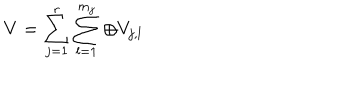
LaTeX: V = \sum _ { j = 1 } ^ { r } \sum _ { l = 1 } ^ { m _ { j } } \oplus V _ { j , l }